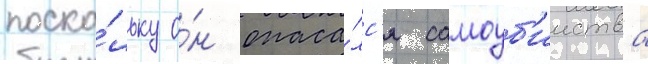
поско́льку о́н опаса́лс'я самоуб'ииства